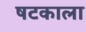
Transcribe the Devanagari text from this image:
षटकाला